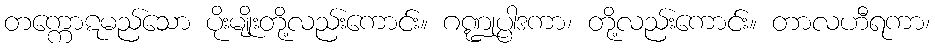
တက္ကောဋမည်သော ပိုးမျိုးတို့လည်းကောင်း။ ဂဏ္ဍုပ္ပါဒကာ၊ တို့လည်းကောင်း။ တာလဟီရကာ၊